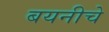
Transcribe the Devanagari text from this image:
बयनीचे